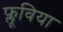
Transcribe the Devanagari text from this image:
फ्लूविया